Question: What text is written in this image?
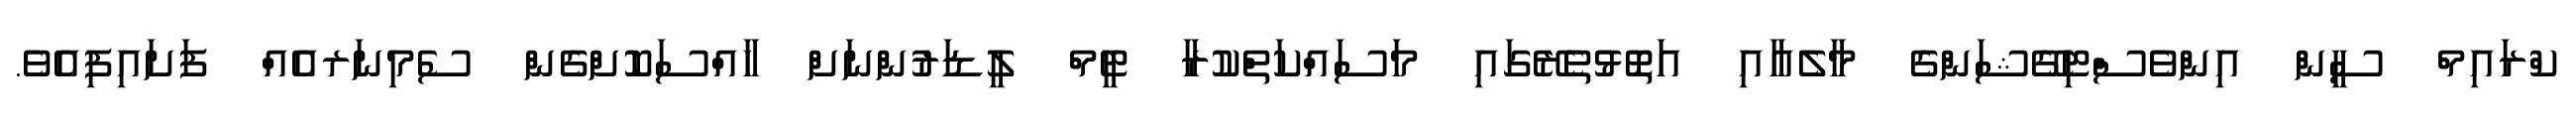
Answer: ކްރައިމް ސީން އިންވެސްޓިގޭޝަންގެ މާލެއާއި އަތޮޅުތެރޭގައި މަސައްކަތްކުރާ ޓީމް ލީޑަރުންނަށް ހާއްސަކޮށްގެން ސެމިނަރއެއް ފަށައިފިއެވެ.